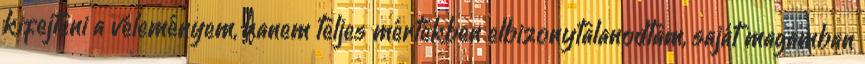
kifejteni a véleményem, hanem teljes mértékben elbizonytalanodtam, saját magamban